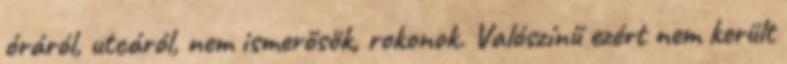
óráról, utcáról, nem ismerősök, rokonok. Valószínű ezért nem került